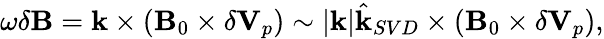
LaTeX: \begin{array}{r}{\omega\delta\mathbf{B}=\mathbf{k}\times(\mathbf{B}_{0}\times\delta\mathbf{V}_{p})\sim|\mathbf{k}|\hat{\mathbf{k}}_{SVD}\times(\mathbf{B}_{0}\times\delta\mathbf{V}_{p}),}\end{array}